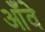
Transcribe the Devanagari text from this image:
आँवे